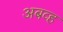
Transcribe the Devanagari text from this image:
अबव्ह